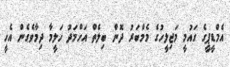
އެމްޑީޕީގެ ގައުމީ މަޖިލީހުގެ މެމްބަރު ދޮން ބިލެތް އަހްމަދު ހަލީމާ ދިމާވެގެން އެހީ